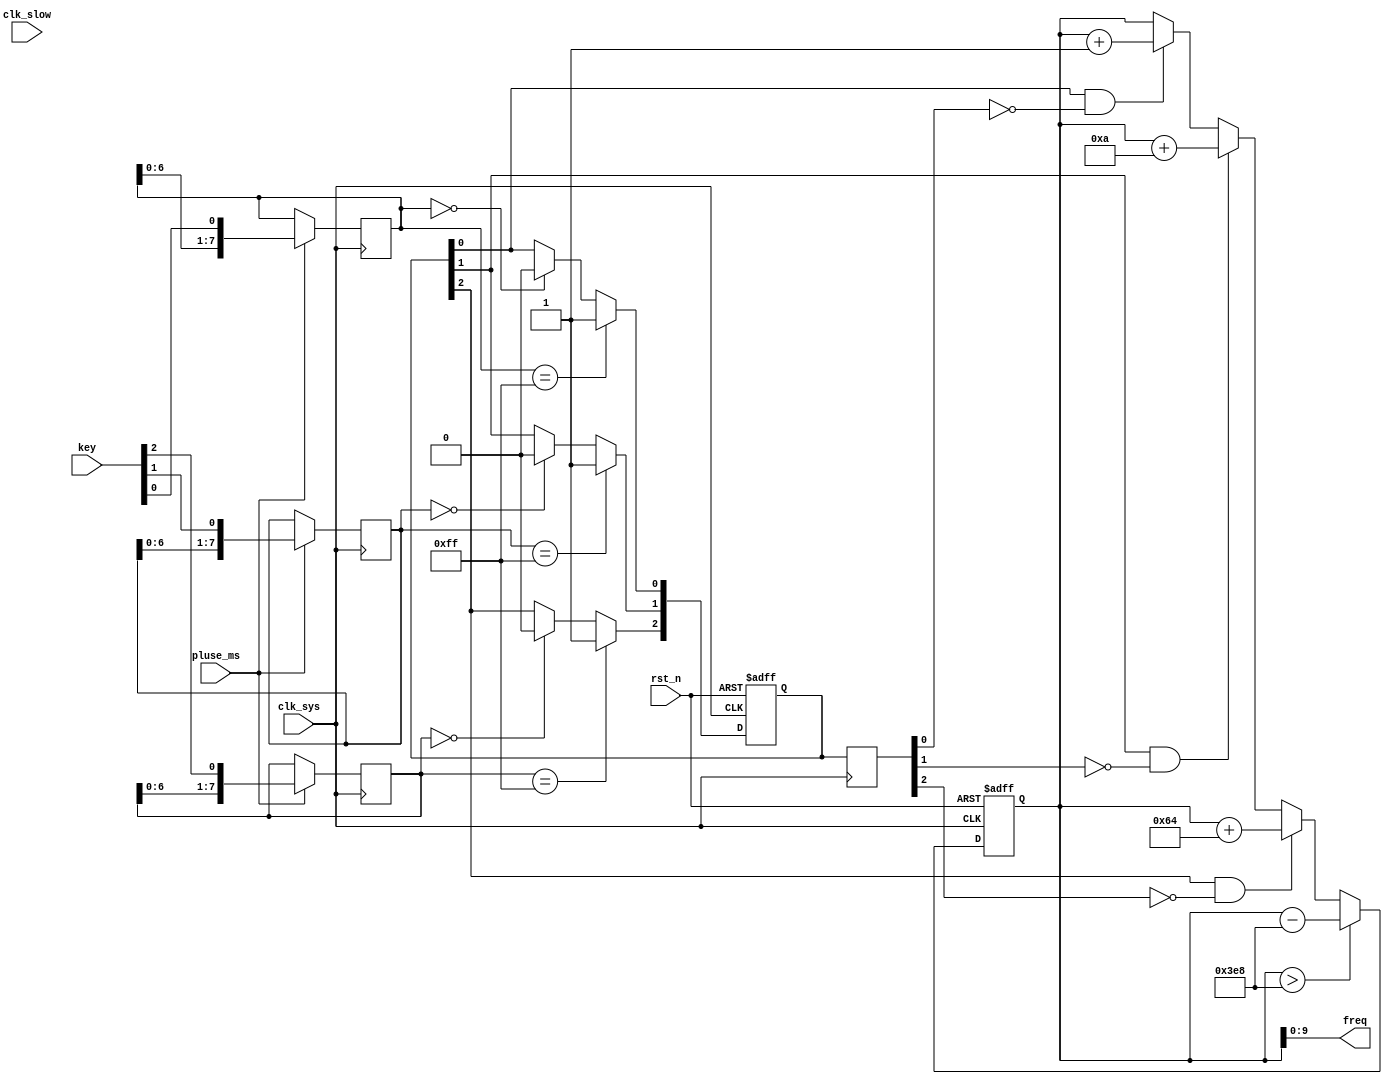
//freq_gen.v

module freq_gen(
key,
freq,
//clk rst
clk_sys,
clk_slow,
pluse_ms,
rst_n
);
input [2:0]	key;
output [9:0]	freq;
//clk rst
input clk_sys;
input clk_slow;
input pluse_ms;
input rst_n;
//----------------------------------------

reg [7:0] k0;
reg [7:0] k1;
reg [7:0] k2;
always @ (posedge clk_sys)	begin
	if(pluse_ms)	begin
		k0 <= {k0[6:0],key[0]};
		k1 <= {k1[6:0],key[1]};
		k2 <= {k2[6:0],key[2]};
	end
	else ;
end

reg [2:0] key_real;
always @ (posedge clk_sys or negedge rst_n)	begin
	if(~rst_n)
		key_real <= 3'h0;
	else begin
		if(k0 == 8'h0)
			key_real[0] <= 1'b0;
		if(k0 == 8'hff)
			key_real[0] <= 1'b1;
		if(k1 == 8'h0)
			key_real[1] <= 1'b0;
		if(k1 == 8'hff)
			key_real[1] <= 1'b1;
		if(k2 == 8'h0)
			key_real[2] <= 1'b0;
		if(k2 == 8'hff)
			key_real[2] <= 1'b1;
	end
end

reg [2:0] key_real_reg;
always @(posedge clk_sys)
	key_real_reg <= key_real;

wire [2:0] key_rasing;
assign key_rasing[0] =  key_real[0] & (~key_real_reg[0]);
assign key_rasing[1] =  key_real[1] & (~key_real_reg[1]);
assign key_rasing[2] =  key_real[2] & (~key_real_reg[2]);


wire [9:0] freq_org = 10'd50;

reg [10:0] freq_real;
always @ (posedge clk_sys or negedge rst_n)	begin
	if(~rst_n)
		freq_real <= {1'b0,freq_org};
	else if(freq_real > 10'd1000)
		freq_real <= freq_real - 10'd1000;
	else if(key_rasing[2])
		freq_real <= freq_real + 11'd100;
	else if(key_rasing[1])
		freq_real <= freq_real + 11'd10;
	else if(key_rasing[0])
		freq_real <= freq_real + 11'd1;
	else ;
end

wire [9:0] freq = freq_real[9:0];

endmodule